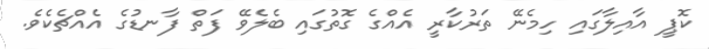
ކޮޕީ އާއިލާގައި ހިމެނޭ ތަރުކާރީ އެއްގެ ގޮތުގައި ބެލެވޭ ފަތް ފާނޑުގެ އެއްޗެކެވެ.